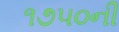
૧૭૫૦ની